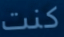
كنت